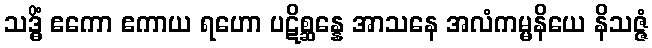
သဒ္ဓိံ ဧကော ဧကာယ ရဟော ပဋိစ္ဆန္နေ အာသနေ အလံကမ္မနိယေ နိသဇ္ဇံ